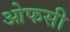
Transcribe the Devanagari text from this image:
ओफसी